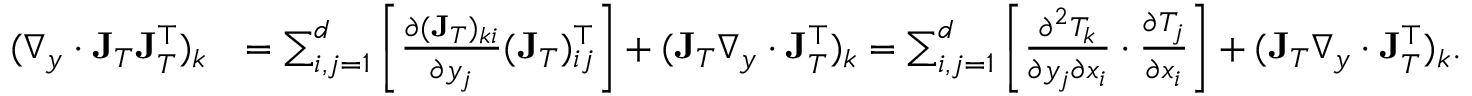
\begin{array} { r l } { ( \nabla _ { y } \cdot \mathbf { J } _ { T } \mathbf { J } _ { T } ^ { \top } ) _ { k } } & { = \sum _ { i , j = 1 } ^ { d } \left[ \frac { \partial ( \mathbf { J } _ { T } ) _ { k i } } { \partial y _ { j } } ( \mathbf { J } _ { T } ) _ { i j } ^ { \top } \right] + ( \mathbf { J } _ { T } \nabla _ { y } \cdot \mathbf { J } _ { T } ^ { \top } ) _ { k } = \sum _ { i , j = 1 } ^ { d } \left[ \frac { \partial ^ { 2 } T _ { k } } { \partial y _ { j } \partial x _ { i } } \cdot \frac { \partial T _ { j } } { \partial x _ { i } } \right] + ( \mathbf { J } _ { T } \nabla _ { y } \cdot \mathbf { J } _ { T } ^ { \top } ) _ { k } . } \end{array}